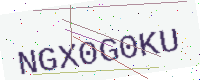
Text: NGX0G0KU